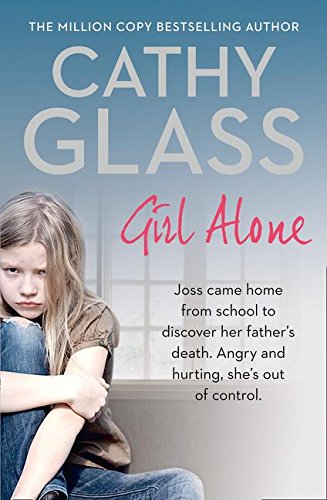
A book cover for Girl Alone: Joss came home from school to discover her father's death. Angry and hurting, she's out of control.; Cathy Glass; Parenting & Relationships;